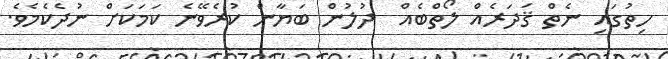
ހިތުގައި ނެތް ޤަދަރެއް ލޯތްބެއް  ދުލުން ބަޔާން ކުރެވޭނެ ކަމަކަށް ނުދެކެމެވެ.